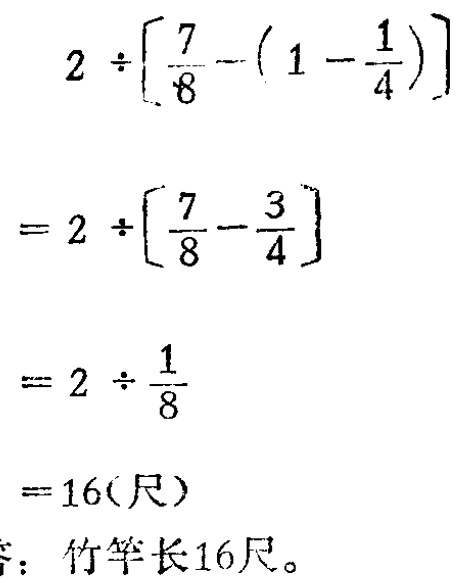
\[

\begin{align*}

&2\div\left[\frac{7}{8}-(1 - \frac{1}{4})\right]\\

=&2\div\left[\frac{7}{8}-\frac{3}{4}\right]\\

=&2\div\frac{1}{8}\\

=&16(\text{尺})

\end{align*}

\]

答：竹竿长16尺。